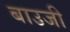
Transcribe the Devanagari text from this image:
बाउजी